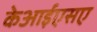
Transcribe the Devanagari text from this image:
केआईएसए